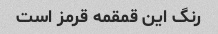
رنگ این قمقمه قرمز است